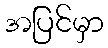
အပြင်မှာ